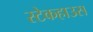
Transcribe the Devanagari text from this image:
स्टेकहाउस